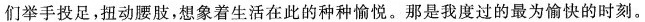
们举手投足，扭动腰肢，想象着生活在此的种种愉悦。那是我度过的最为愉快的时刻。